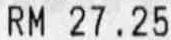
RM 27.25